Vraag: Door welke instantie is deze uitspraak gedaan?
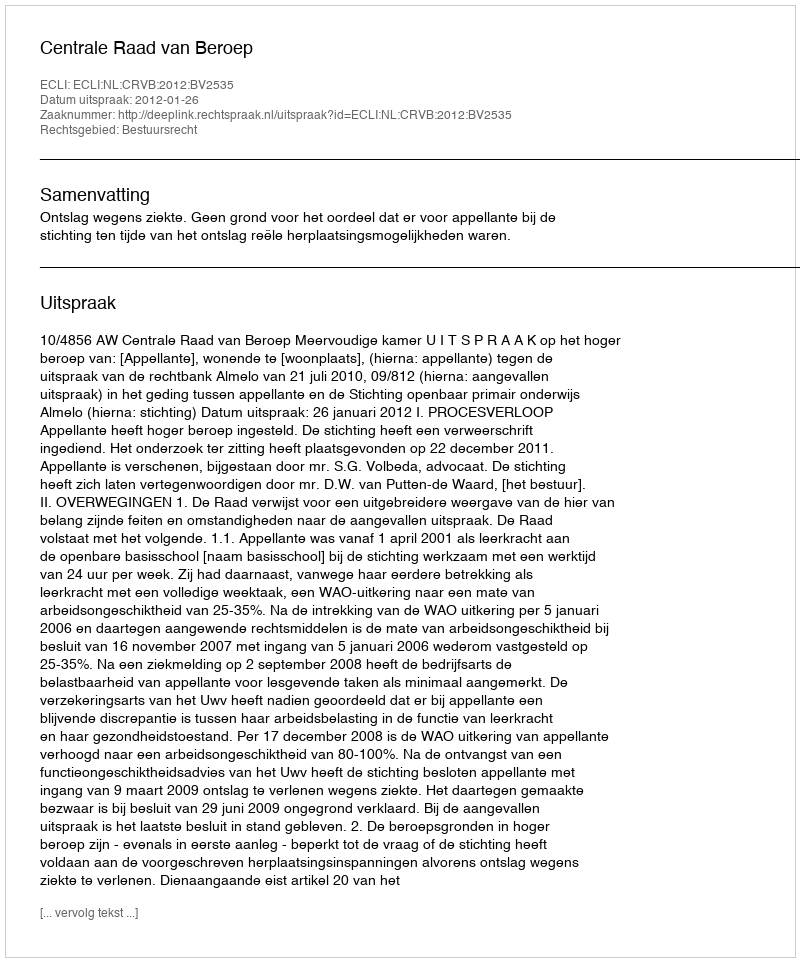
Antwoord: Centrale Raad van Beroep